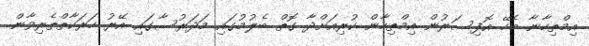
އިމްތިހާނާ ބެހޭ އޮފިސަރުން އިމްތިހާން ކުރިއަށްދާ ގޮތް ބެލުމުގައި މަދަރުސާގައި އޭރު ހަރަކާތްތެރިވާން